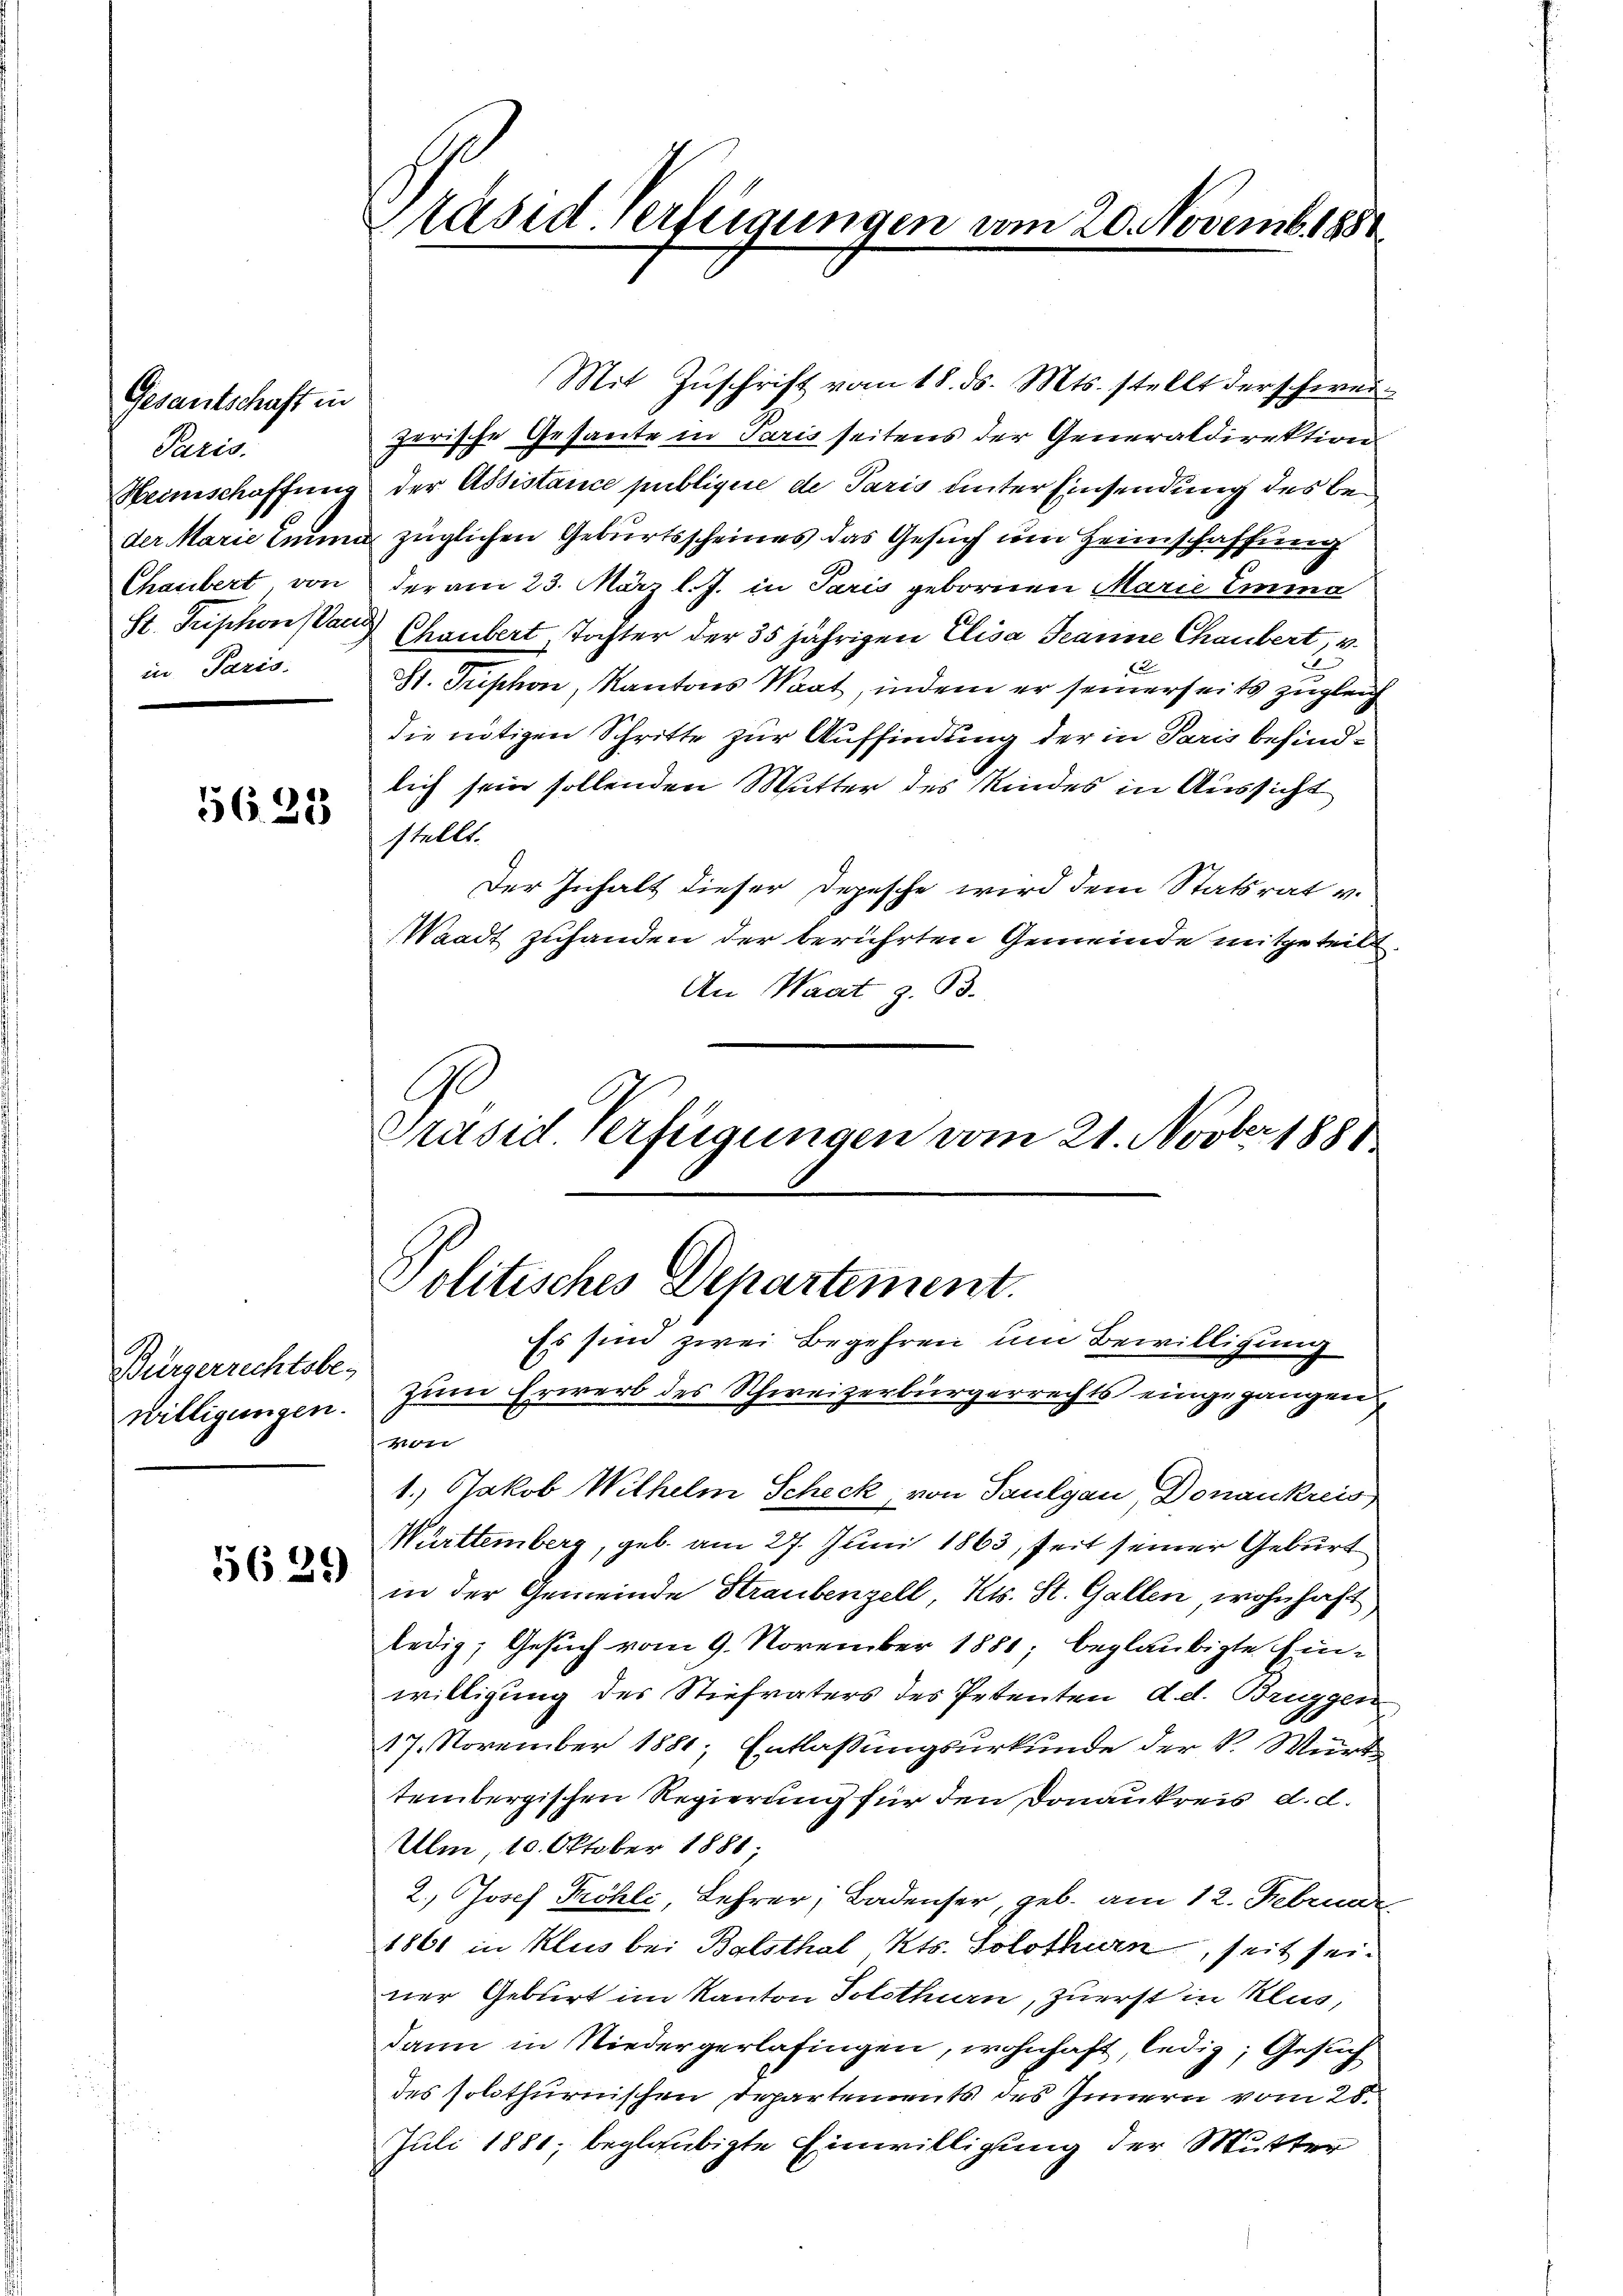
Gesantschaft in
Paris.
Chaubert, von
in Paris.

5623

Bürgerrechtsbewilligungen.

5629

äsed Verfügungen vom 20. Novemb. 1881

Mit Zuschrift vom 18. ds. Mts. stellt der schweizerische Gesante in Paris seitens der Generaldirektion
Heimschaffung der Assistance publiquie de Paris unter Einsendung des Beder Marie Leum züglichen Geburtsscheines das Gesuch um Heimschaffung
der am 23. März l. J. in Paris gebornen Marie Emma
St. Geschon an Chaubert, Tochter der 35 jährigen Elisa Jeanne Chaubert, v.
St. Triphon, Kantons Maat, indem er seinerseits zugleich
die nötigen Schritte zur Auffindung der in Paris befindlich sein sollenden Mutter des Kindes in Aussicht
stellt.
Der Inhalt dieser Depesche wird dem Statsrat v.
Waadt zuhanden der berührten Gemeinde mitgeteilt.
An Waat z. B.
Präsid. Verfügungen vom 21. Novber 1888

Politisches Departement.
Es sind zwei Begehren um Bewilligung

zum Erwerb des Schweizerbürgerrechts eingegangen,
Heer
1.) Jakob Wilhelm Scheck, von Paulgau, Donaukreis
Württemberg, geb. am 27. Juni 1863, seit seiner Geburt
in der Gemeinde Straubenzell, Kts. St. Gallen, wohnhaft
ledig, Gesuch vom 9. November 1880, beglaubigte Einwilligung des Stiefvaters des Petenten d.d. Bruggen
17. November 1881, Entlaßungsurkunde der K. Würt
tembergischen Regierung für den Donaukreis d. d.
Ulm, 10. Oktober 1881;
2., Josef Pröhli, Lehrer, Badenser, geb. am 12. Februar
1861 in Klus bei Balsthal, Kts. Solothurn, seit seiner Geburt im Kanton Solothurn, zuerst in Klus,
dann in Niedergerlasingen, wohnhaft, ledig, Gesuch
des solothurnischen Departements des Innern vom 28.
Juli 1881, beglaubigte Einwilligung der Mutter